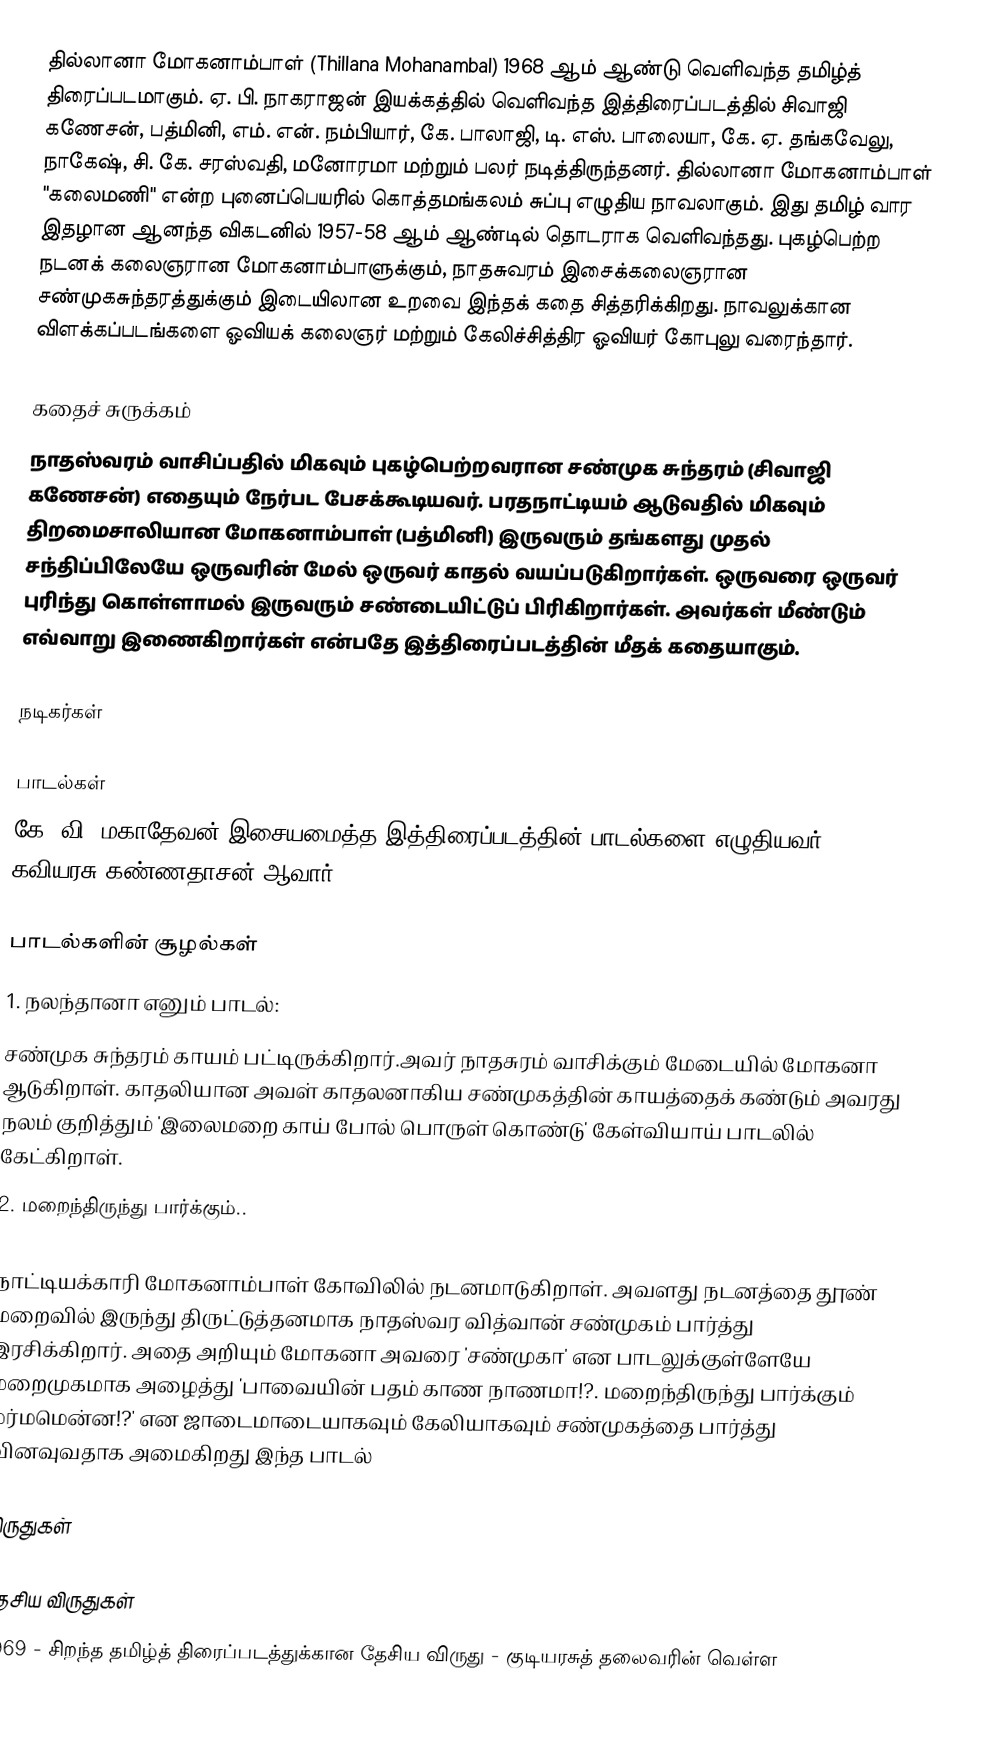
தில்லானா மோகனாம்பாள் (Thillana Mohanambal) 1968 ஆம் ஆண்டு வெளிவந்த தமிழ்த் திரைப்படமாகும். ஏ. பி. நாகராஜன் இயக்கத்தில் வெளிவந்த இத்திரைப்படத்தில் சிவாஜி கணேசன், பத்மினி, எம். என். நம்பியார், கே. பாலாஜி, டி. எஸ். பாலையா, கே. ஏ. தங்கவேலு, நாகேஷ், சி. கே. சரஸ்வதி, மனோரமா மற்றும் பலர் நடித்திருந்தனர். தில்லானா மோகனாம்பாள் "கலைமணி" என்ற புனைப்பெயரில் கொத்தமங்கலம் சுப்பு எழுதிய நாவலாகும். இது தமிழ் வார இதழான ஆனந்த விகடனில் 1957-58 ஆம் ஆண்டில்  தொடராக வெளிவந்தது. புகழ்பெற்ற நடனக் கலைஞரான மோகனாம்பாளுக்கும், நாதசுவரம் இசைக்கலைஞரான சண்முகசுந்தரத்துக்கும் இடையிலான உறவை இந்தக் கதை சித்தரிக்கிறது. நாவலுக்கான விளக்கப்படங்களை ஓவியக் கலைஞர் மற்றும் கேலிச்சித்திர ஓவியர் கோபுலு வரைந்தார்.

கதைச் சுருக்கம்
நாதஸ்வரம் வாசிப்பதில்  மிகவும் புகழ்பெற்றவரான சண்முக சுந்தரம் (சிவாஜி கணேசன்) எதையும் நேர்பட பேசக்கூடியவர். பரதநாட்டியம் ஆடுவதில் மிகவும் திறமைசாலியான மோகனாம்பாள் (பத்மினி) இருவரும் தங்களது முதல் சந்திப்பிலேயே ஒருவரின் மேல் ஒருவர் காதல் வயப்படுகிறார்கள். ஒருவரை ஒருவர் புரிந்து கொள்ளாமல் இருவரும் சண்டையிட்டுப் பிரிகிறார்கள். அவர்கள் மீண்டும் எவ்வாறு இணைகிறார்கள் என்பதே இத்திரைப்படத்தின் மீதக் கதையாகும்.

நடிகர்கள்

பாடல்கள்
கே. வி. மகாதேவன் இசையமைத்த இத்திரைப்படத்தின் பாடல்களை எழுதியவர் கவியரசு கண்ணதாசன் ஆவார்.

பாடல்களின் சூழல்கள்
1. நலந்தானா எனும் பாடல்:
 சண்முக சுந்தரம் காயம் பட்டிருக்கிறார்.அவர் நாதசுரம் வாசிக்கும் மேடையில் மோகனா ஆடுகிறாள். காதலியான அவள் காதலனாகிய சண்முகத்தின் காயத்தைக் கண்டும் அவரது நலம் குறித்தும் 'இலைமறை காய் போல் பொருள் கொண்டு' கேள்வியாய் பாடலில் கேட்கிறாள்.
2. மறைந்திருந்து பார்க்கும்..

நாட்டியக்காரி  மோகனாம்பாள் கோவிலில் நடனமாடுகிறாள். அவளது நடனத்தை தூண் மறைவில் இருந்து திருட்டுத்தனமாக நாதஸ்வர வித்வான் சண்முகம் பார்த்து இரசிக்கிறார். அதை அறியும் மோகனா அவரை 'சண்முகா' என பாடலுக்குள்ளேயே மறைமுகமாக அழைத்து 'பாவையின் பதம் காண நாணமா!?. மறைந்திருந்து பார்க்கும் மர்மமென்ன!?' என ஜாடைமாடையாகவும் கேலியாகவும் சண்முகத்தை பார்த்து வினவுவதாக அமைகிறது இந்த பாடல்

விருதுகள்

தேசிய விருதுகள்
 1969 - சிறந்த தமிழ்த் திரைப்படத்துக்கான தேசிய விருது - குடியரசுத் தலைவரின் வெள்ள